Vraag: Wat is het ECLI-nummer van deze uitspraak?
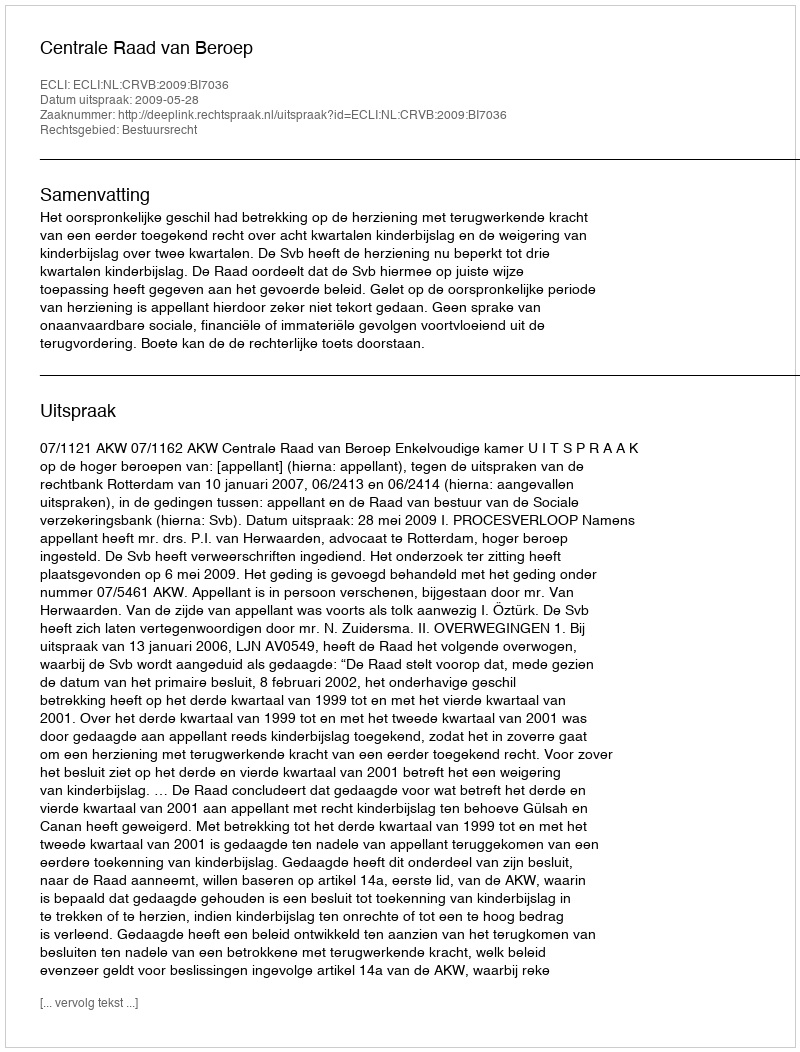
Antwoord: ECLI:NL:CRVB:2009:BI7036